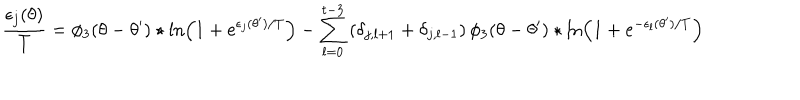
LaTeX: { \frac { \epsilon _ { j } ( \theta ) } { T } } = \phi _ { 3 } ( \theta - \theta ^ { \prime } ) \star \ln \left( 1 + e ^ { \epsilon _ { j } ( \theta ^ { \prime } ) / T } \right) - \sum _ { l = 0 } ^ { t - 3 } \left( \delta _ { j , l + 1 } + \delta _ { j , l - 1 } \right) \phi _ { 3 } ( \theta - \theta ^ { \prime } ) \star \ln \left( 1 + e ^ { - \epsilon _ { l } ( \theta ^ { \prime } ) / T } \right)